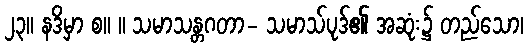
၂၃။ နဒိမှာ စ။ ။ သမာသန္တဂတာ- သမာသ်ပုဒ်၏ အဆုံး၌ တည်သော၊